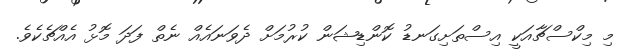
މި މިކްސްޗާއަކީ އިސްތަށިގަނޑު ކޮންޑިޝަން ކުރުމަށް ދެވަނައެއް ނެތް ފަދަ މޮޅު އެއްޗެކެވެ.